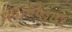
વાઇકીહાઉ